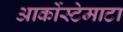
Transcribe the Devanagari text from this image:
आर्कोस्टेमाटा